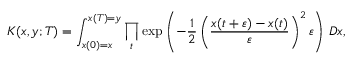
K ( x , y ; T ) = \int _ { x ( 0 ) = x } ^ { x ( T ) = y } \prod _ { t } \exp \left( - { \frac { 1 } { 2 } } \left( { \frac { x ( t + \varepsilon ) - x ( t ) } { \varepsilon } } \right) ^ { 2 } \varepsilon \right) \, D x ,